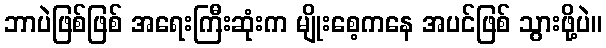
ဘာပဲဖြစ်ဖြစ် အရေးကြီးဆုံးက မျိုးစေ့ကနေ အပင်ဖြစ် သွားဖို့ပဲ။